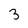
Character: 3